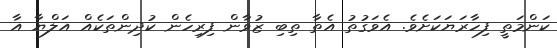
ކަންމަތީ ފިހާރަޔަކަށެވެ. އެވަގުތު އެތާ ތިބި ޒުވާން ފިރިހެން ކުދިންތަކެއް އަލްޔާ އާ